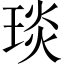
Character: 琰